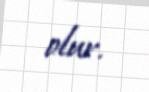
olur.